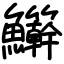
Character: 𬵾